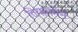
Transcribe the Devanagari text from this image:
तियानमेन